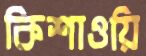
কিশাওয়ি